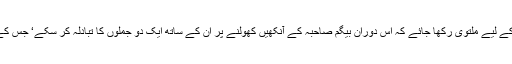
لندن میں موجود ”ملزم‘‘ کی درخواست تھی کہ فیصلے کا اعلان چند روز کے لیے ملتوی رکھا جائے کہ اس دوران بیگم صاحبہ کے آنکھیں کھولنے پر ان کے ساتھ ایک دو جملوں کا تبادلہ کر سکے‘ جس کے بعد اپنے مقدر کا فیصلہ سننے کے لیے وہ خود عدالت میں موجود ہو گا۔